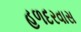
હળદરવાસ